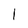
Character: 1